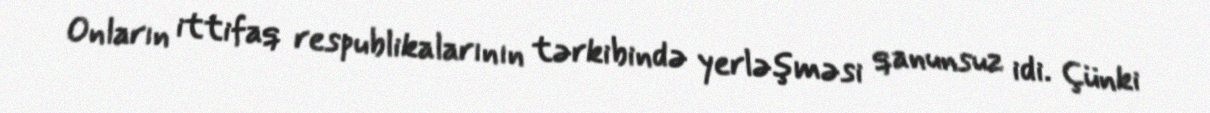
Onların ittifaq respublikalarının tərkibində yerləşməsi qanunsuz idi. Çünki